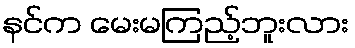
နင်က မေးမကြည့်ဘူးလား